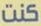
كنت